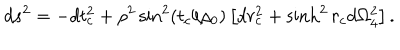
LaTeX: d s ^ { 2 } = - d t _ { c } ^ { 2 } + \rho ^ { 2 } \sin ^ { 2 } \left( t _ { c } / \rho _ { 0 } \right) \left[ d r _ { c } ^ { 2 } + \sinh ^ { 2 } r _ { c } d \Omega _ { 4 } ^ { 2 } \right] .